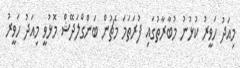
މިއަދު ހަވީރު ކުޅުނު މުބާރާތުގައި ފުރަތަމަ މެޗުން ބަންގްލަދޭޝް މޮޅުވީ މިއަދު ހަވީރު